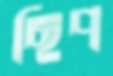
ছিপ